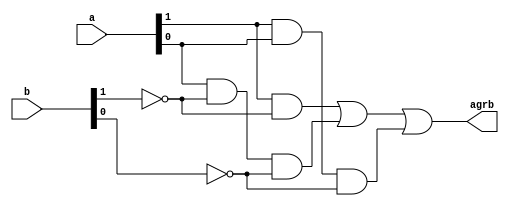

module gr2
   //I/O
   (
    input  wire[1:0] a, b,
    output wire agrb
   );

   //declaring signals
   wire p0, p1, p2;

   //sum of product expression
   assign agrb = p0 | p1 | p2;
   //products
   assign p0 = a[1] & ~b[1];
   assign p1 = a[0] & ~b[1] & ~b[0];
   assign p2 = a[1] & a[0] & ~b[0];

endmodule